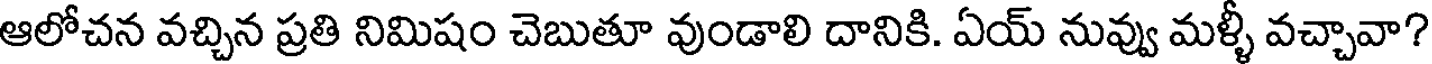
ఆలోచన వచ్చిన ప్రతి నిమిషం చెబుతూ వుండాలి దానికి. ఏయ్ నువ్వు మళ్ళీ వచ్చావా?